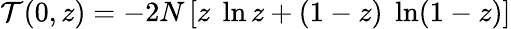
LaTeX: {\cal T}(0,z)=-2N\left[z\; \ln z+(1-z)\; \ln(1-z)\right]